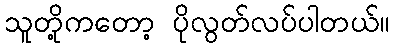
သူတို့ကတော့ ပိုလွတ်လပ်ပါတယ်။